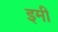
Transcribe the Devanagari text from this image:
इमी